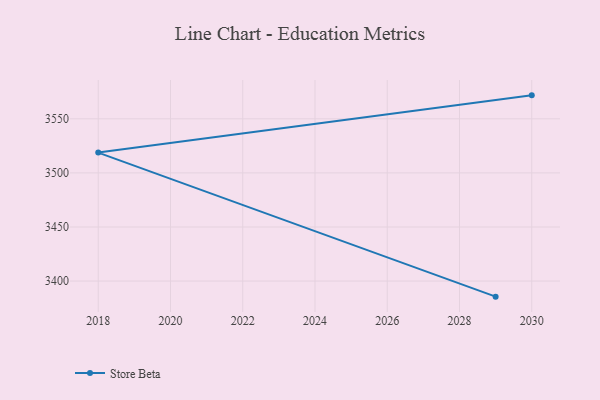
{"axis": {"x": "Year", "y": "Headcount"}, "legend": ["Store Beta"], "data": [{"x": "2030", "y": 3571.7, "type": "Store Beta"}, {"x": "2018", "y": 3518.8, "type": "Store Beta"}, {"x": "2029", "y": 3385.6, "type": "Store Beta"}]}